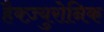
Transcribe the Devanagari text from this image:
हैक्ज़्युरोनिक